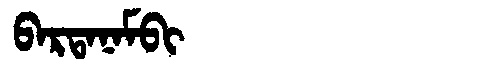
Manchu: ᠪᠠᡵᡨᠠᠨᠠᠮᠪᡳ
Romanization: BARTANAMBI